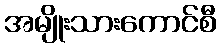
အမျိုးသားကောင်စီ